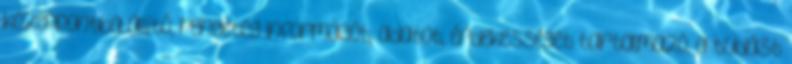
középpontba állító, rengeteg információt, adatot, érdekességet tartalmazó, a tudást